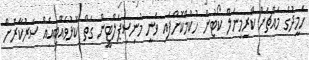
ހަމީދުގެ މައްޗަށް ކްރިމިނަލް ކޯޓުން ހުކުމްކޮށްފައި ވަނީ މުނިސިޕަލްޓީން ގަތް ކޮޅުވެއްޓިއެއް ސަރުކާރަށް